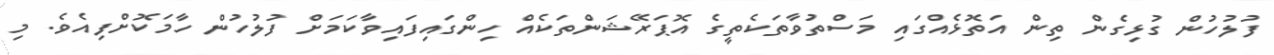
ފުލުހުން ގުޅިގެން ތިން އަތޮޅެއްގައި މަސްތުވާތަކެތީގެ އޮޕަރޭޝަންތަކެއް ހިންގައިފައިވާކަމަށް ފުލުހުން ހާމަކޮށްފިއެވެ. މި